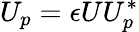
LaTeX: U_{p}=\epsilon UU_{p}^{*}